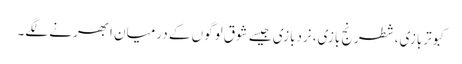
کبوتربازی، شطرنج بازی، نردبازی جیسے شوق لوگوں کے درمیان ابھرنے لگے۔